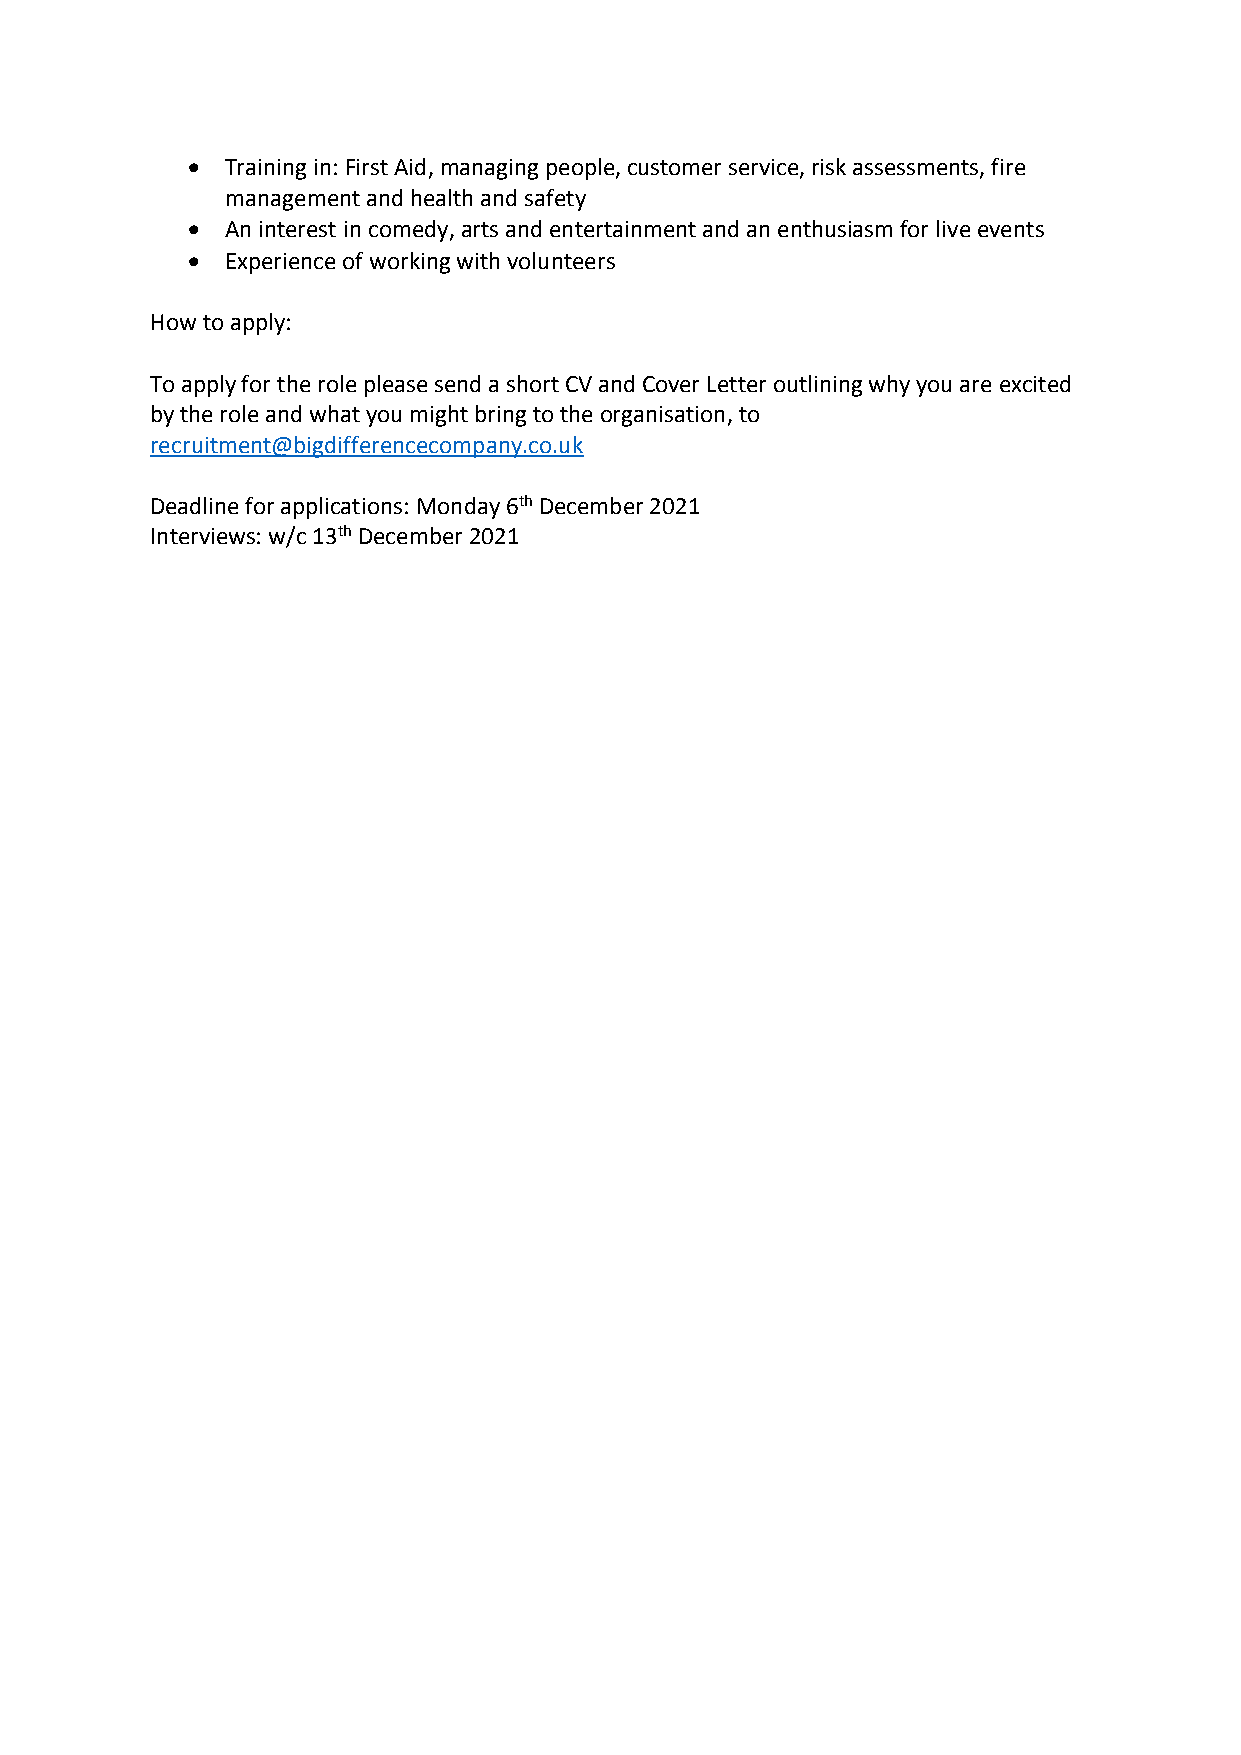
•  Training in: First Aid, managing people, customer service, risk assessments, fire
 management and health and safety
 •  An interest in comedy, arts and entertainment and an enthusiasm for live events
 •  Experience of working with volunteers
 How to apply:
 To apply for the role please send a short CV and Cover Letter outlining why you are excited
 by the role and what you might bring to the organisation, to
 recruitment@bigdifferencecompany.co.uk
 Deadline for applications: Monday 6th December 2021
 Interviews: w/c 13th December 2021